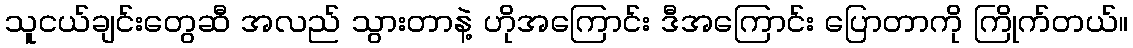
သူငယ်ချင်းတွေဆီ အလည် သွားတာနဲ့ ဟိုအကြောင်း ဒီအကြောင်း ပြောတာကို ကြိုက်တယ်။